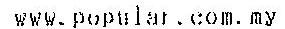
WWW.POPULAR.COM.MY